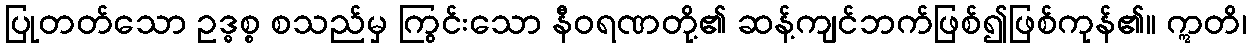
ပြုတတ်သော ဥဒ္ဓစ္စ စသည်မှ ကြွင်းသော နီဝရဏတို့၏ ဆန့်ကျင်ဘက်ဖြစ်၍ဖြစ်ကုန်၏။ ဣတိ၊